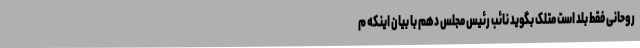
روحانی فقط بلد است متَلک بگوید نائب رئیس مجلس دهم با بیان اینکه م